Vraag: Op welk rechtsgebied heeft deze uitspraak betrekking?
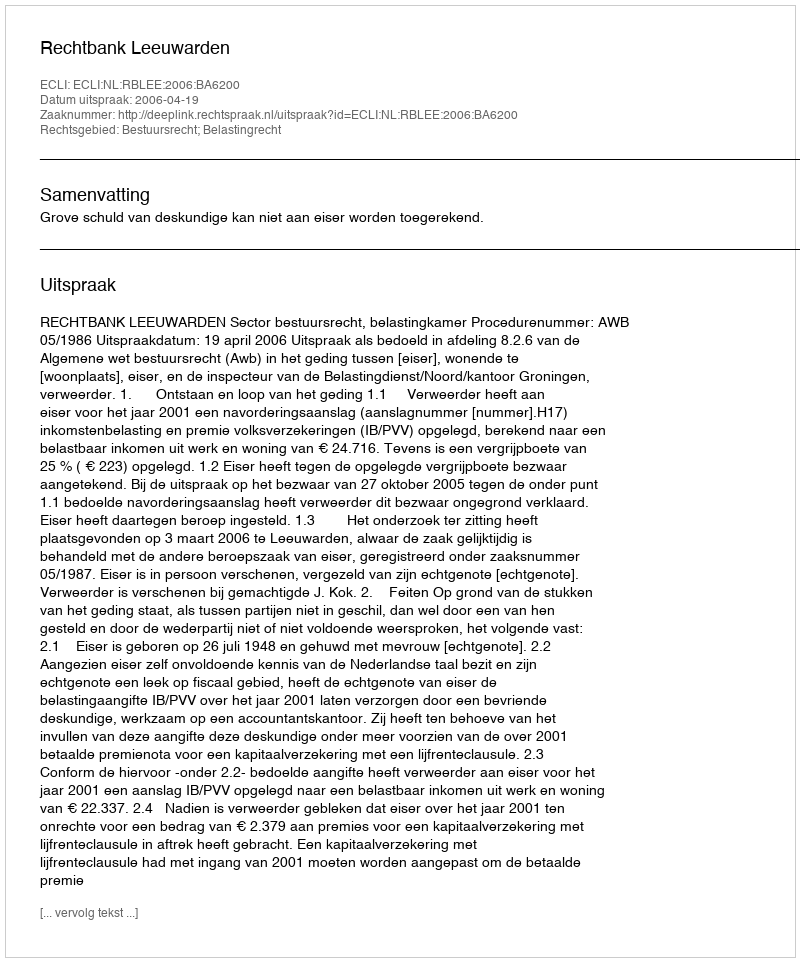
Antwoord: Bestuursrecht; Belastingrecht